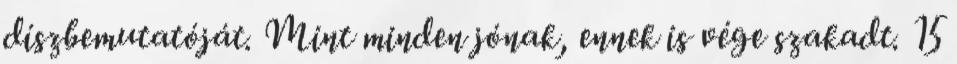
díszbemutatóját. Mint minden jónak, ennek is vége szakadt. 15